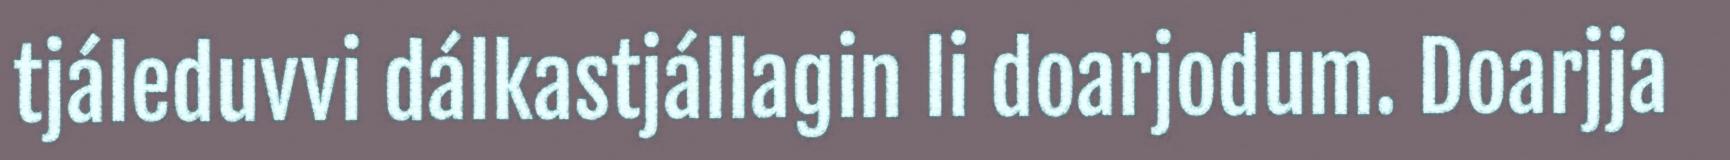
tjáleduvvi dálkastjállagin li doarjodum. Doarjja